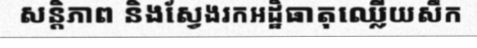
សន្តិភាព និងស្វែងរកអដ្ឋិធាតុឈ្លើយសឹក